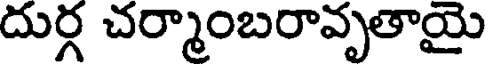
దుర్గ చర్మాంబరావృతాయై